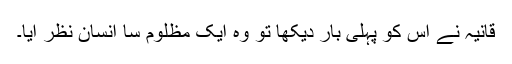
قانیہ نے اس کو پہلی بار دیکھا تو وہ ایک مظلوم سا انسان نظر آیا۔